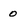
Character: 0